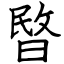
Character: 暋